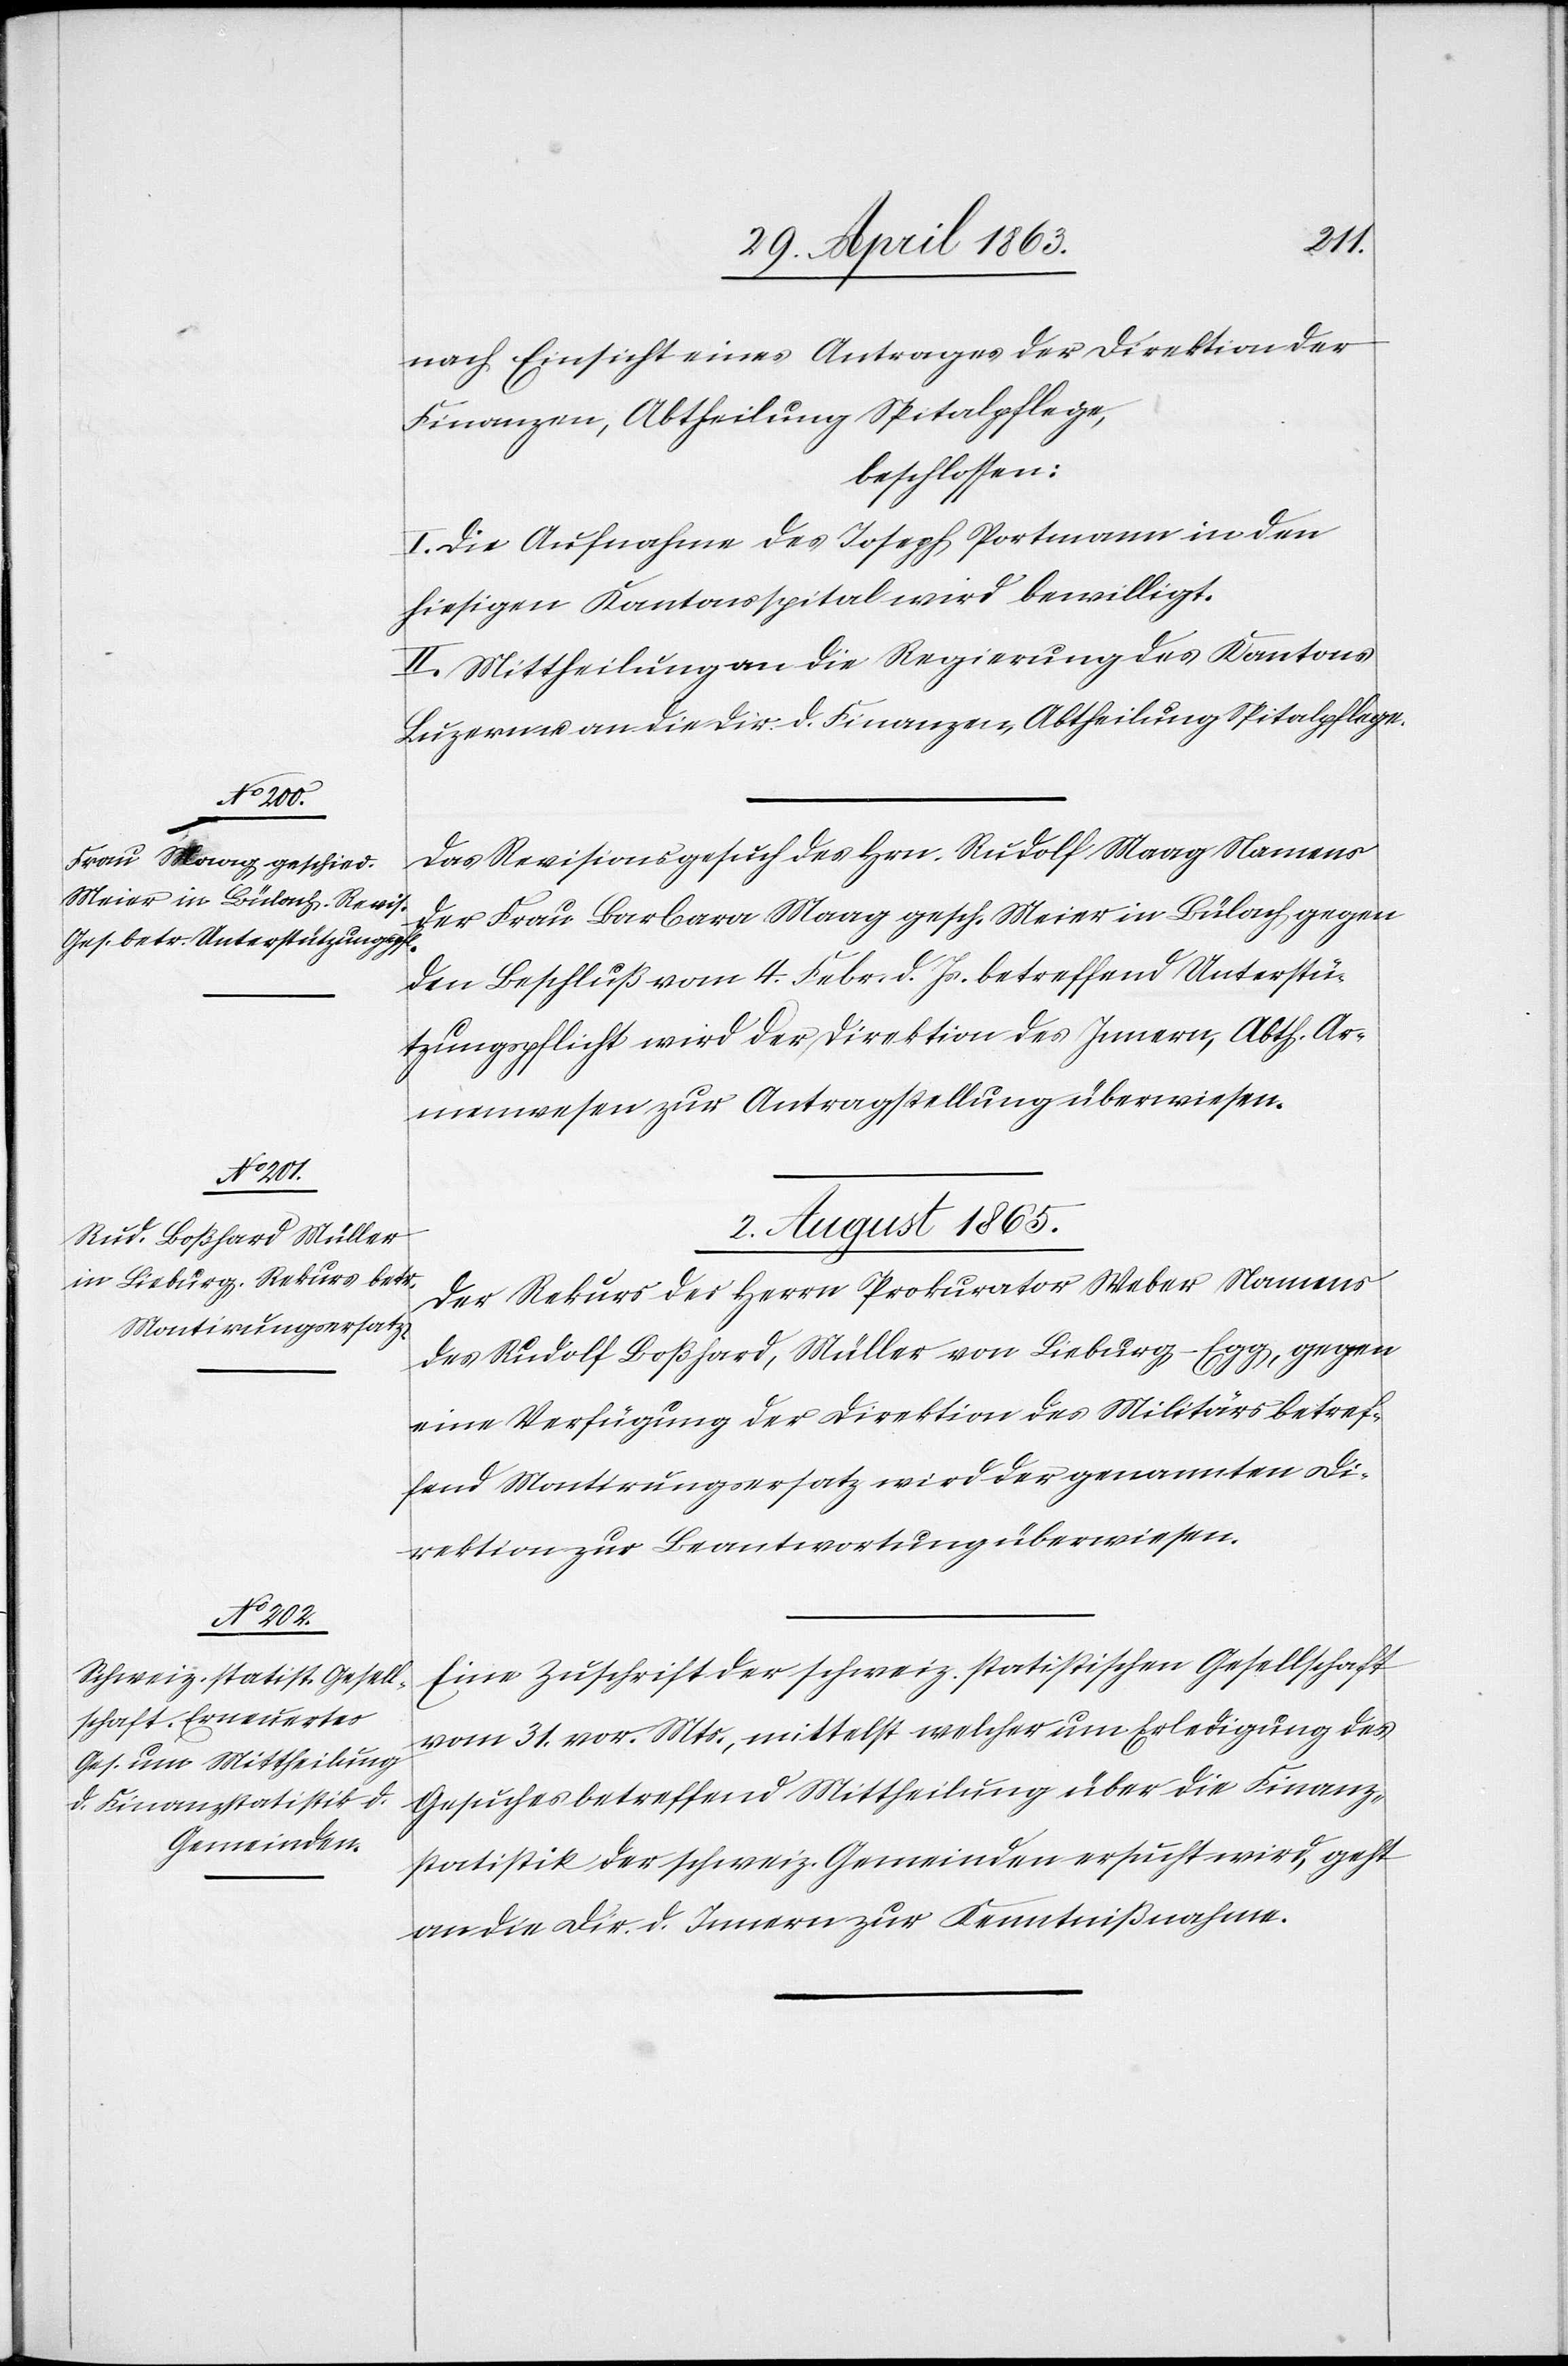
2.
nach Einsicht eines Antrages der Direktion der
Finanzen, Abtheilung Spitalpflege.
beschlossen:
I. Die Aufnahme des Joseph Portmann in den
hiesigen Kantonsspital wird bewilligt.
II. Mittheilung an die Regierung des Kantons
Das Revisionsgesuch des Hrn. Rudolf Maag Namens
der Frau Barbara Maag gesch. Meier in Bülach gegen
den Beschluß vom 4. Febr. d. Js. betreffend Unterstü¬
tzungspflicht wird der Direktion des Innern, Abth. Ar¬
menwesen zur Antragstellung überwiesen.
2. August 1865.
Der Rekurs des Herrn Prokurator Weber Namens
des Rudolf Boßhard, Müller von Lieburg-Egg, gegen
eine Verfügung der Direktion des Militärs betref¬
fend Montirungsersatz wird der genannten Di¬
rektion zur Beantwortung überwiesen.
Eine Zuschrift der schweiz. statistischen Gesellschaft
vom 31. vor. Mts., mittelst welcher um Erledigung des
Gesuches betreffend Mittheilung über die Finanz¬
statistik der schweiz. Gemeinden ersucht wird, geht
an die Dir. d. Innern zur Kenntnißnahme.